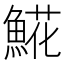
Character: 𩸽